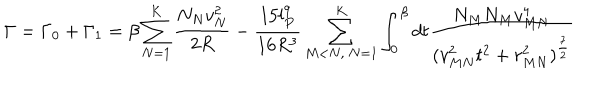
\Gamma = \Gamma _ { 0 } + \Gamma _ { 1 } = \beta \sum _ { N = 1 } ^ { K } \frac { N _ { N } v _ { N } ^ { 2 } } { 2 R } - \frac { 1 5 l _ { P } ^ { 9 } } { 1 6 R ^ { 3 } } \sum _ { M < N , \ N = 1 } ^ { K } \int _ { 0 } ^ { \beta } d t \frac { N _ { M } N _ { M } v _ { M N } ^ { 4 } } { ( v _ { M N } ^ { 2 } { t } ^ { 2 } + r _ { M N } ^ { 2 } ) ^ { \frac { 7 } { 2 } } }